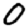
Digit: 0